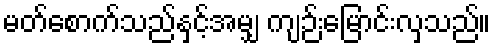
မတ်စောက်သည်နှင့်အမျှ ကျဉ်းမြောင်းလှသည်။